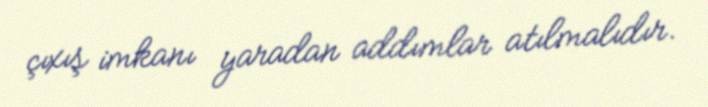
çıxış imkanı yaradan addımlar atılmalıdır.